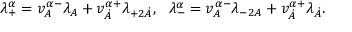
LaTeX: \lambda _ { + } ^ { \alpha } = v _ { A } ^ { \alpha - } \lambda _ { A } + v _ { \dot { A } } ^ { \alpha + } \lambda _ { + 2 \dot { A } } , \ \ \lambda _ { - } ^ { \alpha } = v _ { A } ^ { \alpha - } \lambda _ { - 2 A } + v _ { \dot { A } } ^ { \alpha + } \lambda _ { \dot { A } } .